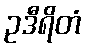
ဥဒီရိတံ